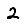
Digit: 2